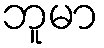
ဘူမာ